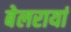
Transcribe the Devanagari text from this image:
बेलरायां